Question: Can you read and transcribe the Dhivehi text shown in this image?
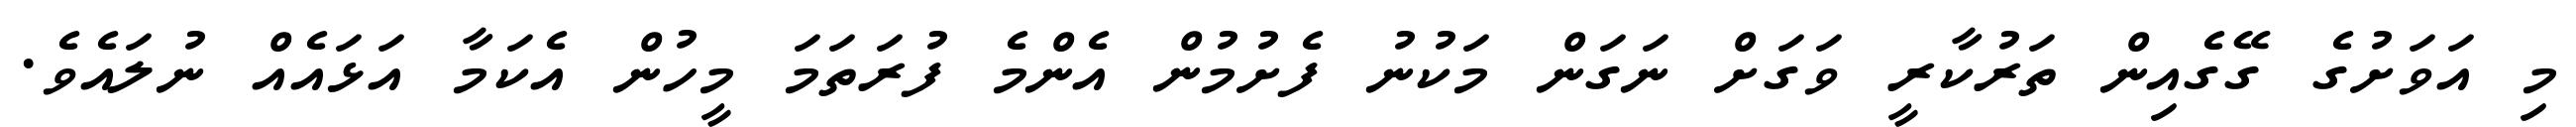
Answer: މި އަވަށުގެ ގޭގެއިން ތަރުކާރީ ވަގަށް ނަގަން މަކުނު ފެށުމުން އެންމެ ފުރަތަމަ މީހުން އެކަމާ އަޅައެއް ނުލައެވެ.